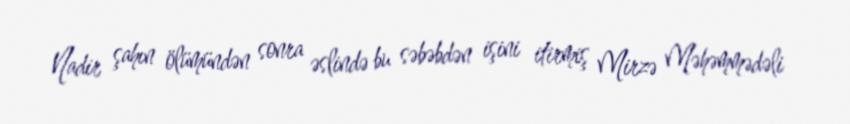
Nadir şahın ölümündən sonra əslində bu səbəbdən işini itirmiş Mirzə Məhəmmədəli